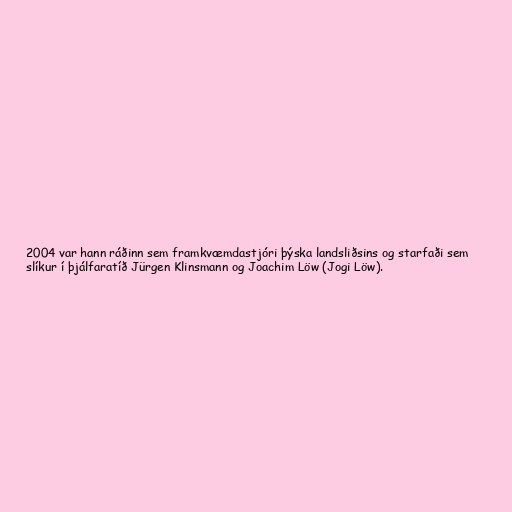
2004 var hann ráðinn sem framkvæmdastjóri þýska landsliðsins og starfaði sem
slíkur í þjálfaratíð Jürgen Klinsmann og Joachim Löw (Jogi Löw).